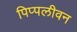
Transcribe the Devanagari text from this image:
पिप्पलीवन